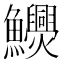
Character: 𩽬